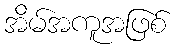
အိမ်အကူအဖြစ်